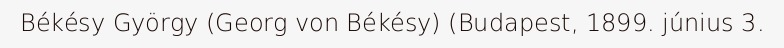
Békésy György (Georg von Békésy) (Budapest, 1899. június 3.